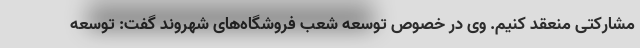
مشارکتی منعقد کنیم. وی در خصوص توسعه شعب فروشگاه‌های شهروند گفت: توسعه